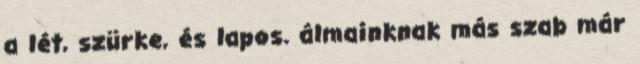
a lét, szürke, és lapos. álmainknak más szab már